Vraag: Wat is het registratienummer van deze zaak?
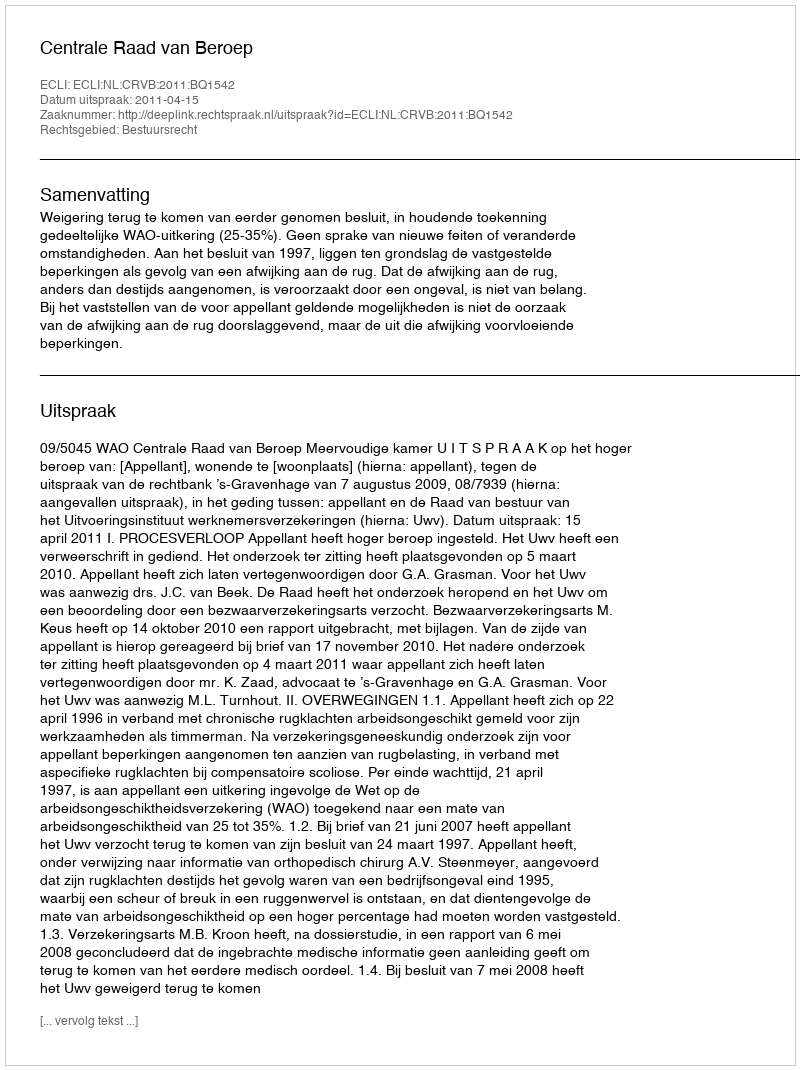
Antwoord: http://deeplink.rechtspraak.nl/uitspraak?id=ECLI:NL:CRVB:2011:BQ1542